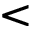
<